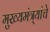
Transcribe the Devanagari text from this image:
मुख्यमंत्र्यांचे